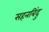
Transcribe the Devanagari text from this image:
सहनबिंदु